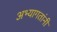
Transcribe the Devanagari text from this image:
अभ्यागतांनी